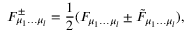
F _ { \mu _ { 1 } \ldots \mu _ { l } } ^ { \pm } = { \frac { 1 } { 2 } } ( F _ { \mu _ { 1 } \ldots \mu _ { l } } \pm \tilde { F } _ { \mu _ { 1 } \ldots \mu _ { l } } ) ,